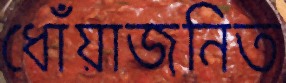
ধোঁয়াজনিত